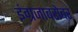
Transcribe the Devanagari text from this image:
इंग्रजाबरोबर